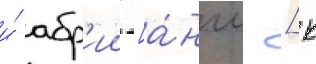
и́ абр'ии [а́нгл. [к